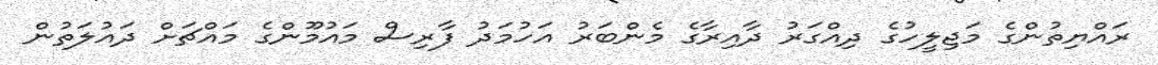
ރައްޔިތުންގެ މަޖިލީހުގެ ދިއްގަރު ދާއިރާގެ މެންބަރު އަހުމަދު ފާރިސް މައުމޫންގެ މައްޗަށް ދައުލަތުން